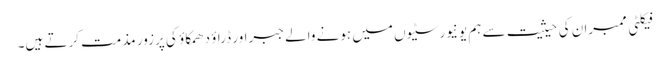
فیکلٹی ممبران کی حیثیت سے ہم یونیورسٹیوں میں ہونے والے جبراور ڈراؤ دھمکاؤ کی پرزور مذمت کرتے ہیں۔